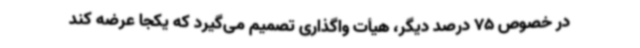
در خصوص 75 درصد دیگر، هیأت واگذاری تصمیم می‌گیرد که یکجا عرضه کند